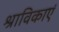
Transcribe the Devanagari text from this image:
श्राविकाएं